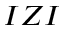
I Z I